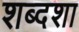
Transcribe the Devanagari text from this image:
शब्दशा